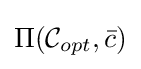
\Pi ({\mathcal {C}}_{opt},{\bar {c}})